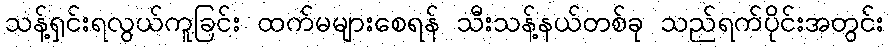
သန့်ရှင်းရလွယ်ကူခြင်း ထက်မများစေရန် သီးသန့်နယ်တစ်ခု သည်ရက်ပိုင်းအတွင်း